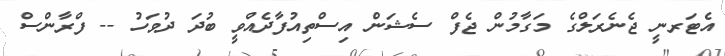
އެޓަރނީ ޖެނެރަލްގެ މަގާމުން ޖެފް ސެޝަން އިސްތިއުފާދެއްވީ ބުދަ ދުވަހު -- ފްރާންސް